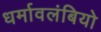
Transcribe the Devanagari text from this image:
धर्मावलंबियो